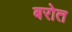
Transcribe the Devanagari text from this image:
बरोत